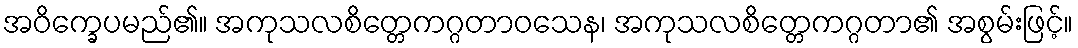
အဝိက္ခေပမည်၏။ အကုသလစိတ္တေကဂ္ဂတာဝသေန၊ အကုသလစိတ္တေကဂ္ဂတာ၏ အစွမ်းဖြင့်။